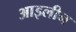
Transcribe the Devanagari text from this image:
आइलीन